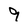
Character: 9